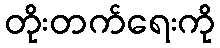
တိုးတက်ရေးကို